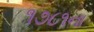
૧૭૮૧ના